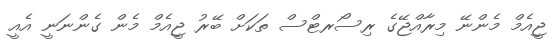
ޖީއެމް މެންނޭ މިރާއްޖޭގެ ރިސޯރޓްްސް ތަކަށް ބޭރު ޖީއެމް މެން ގެންނަނީ އެއީ